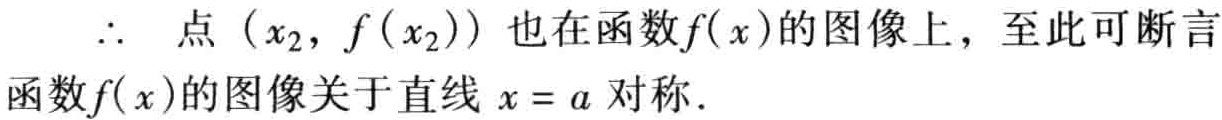
$\therefore$ 点 $(x_{2},f(x_{2}))$ 也在函数$f(x)$的图像上，至此可断言函数$f(x)$的图像关于直线$x = a$对称．